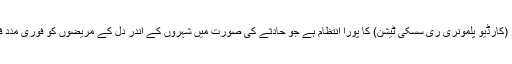
اس میں سی پی آر (کارڈیو پلمونری ری سسکی ٹیشن) کا پورا انتظام ہے جو حادثے کی صورت میں شہروں کے اندر دل کے مریضوں کو فوری مدد فراہم کر سکتا ہے۔